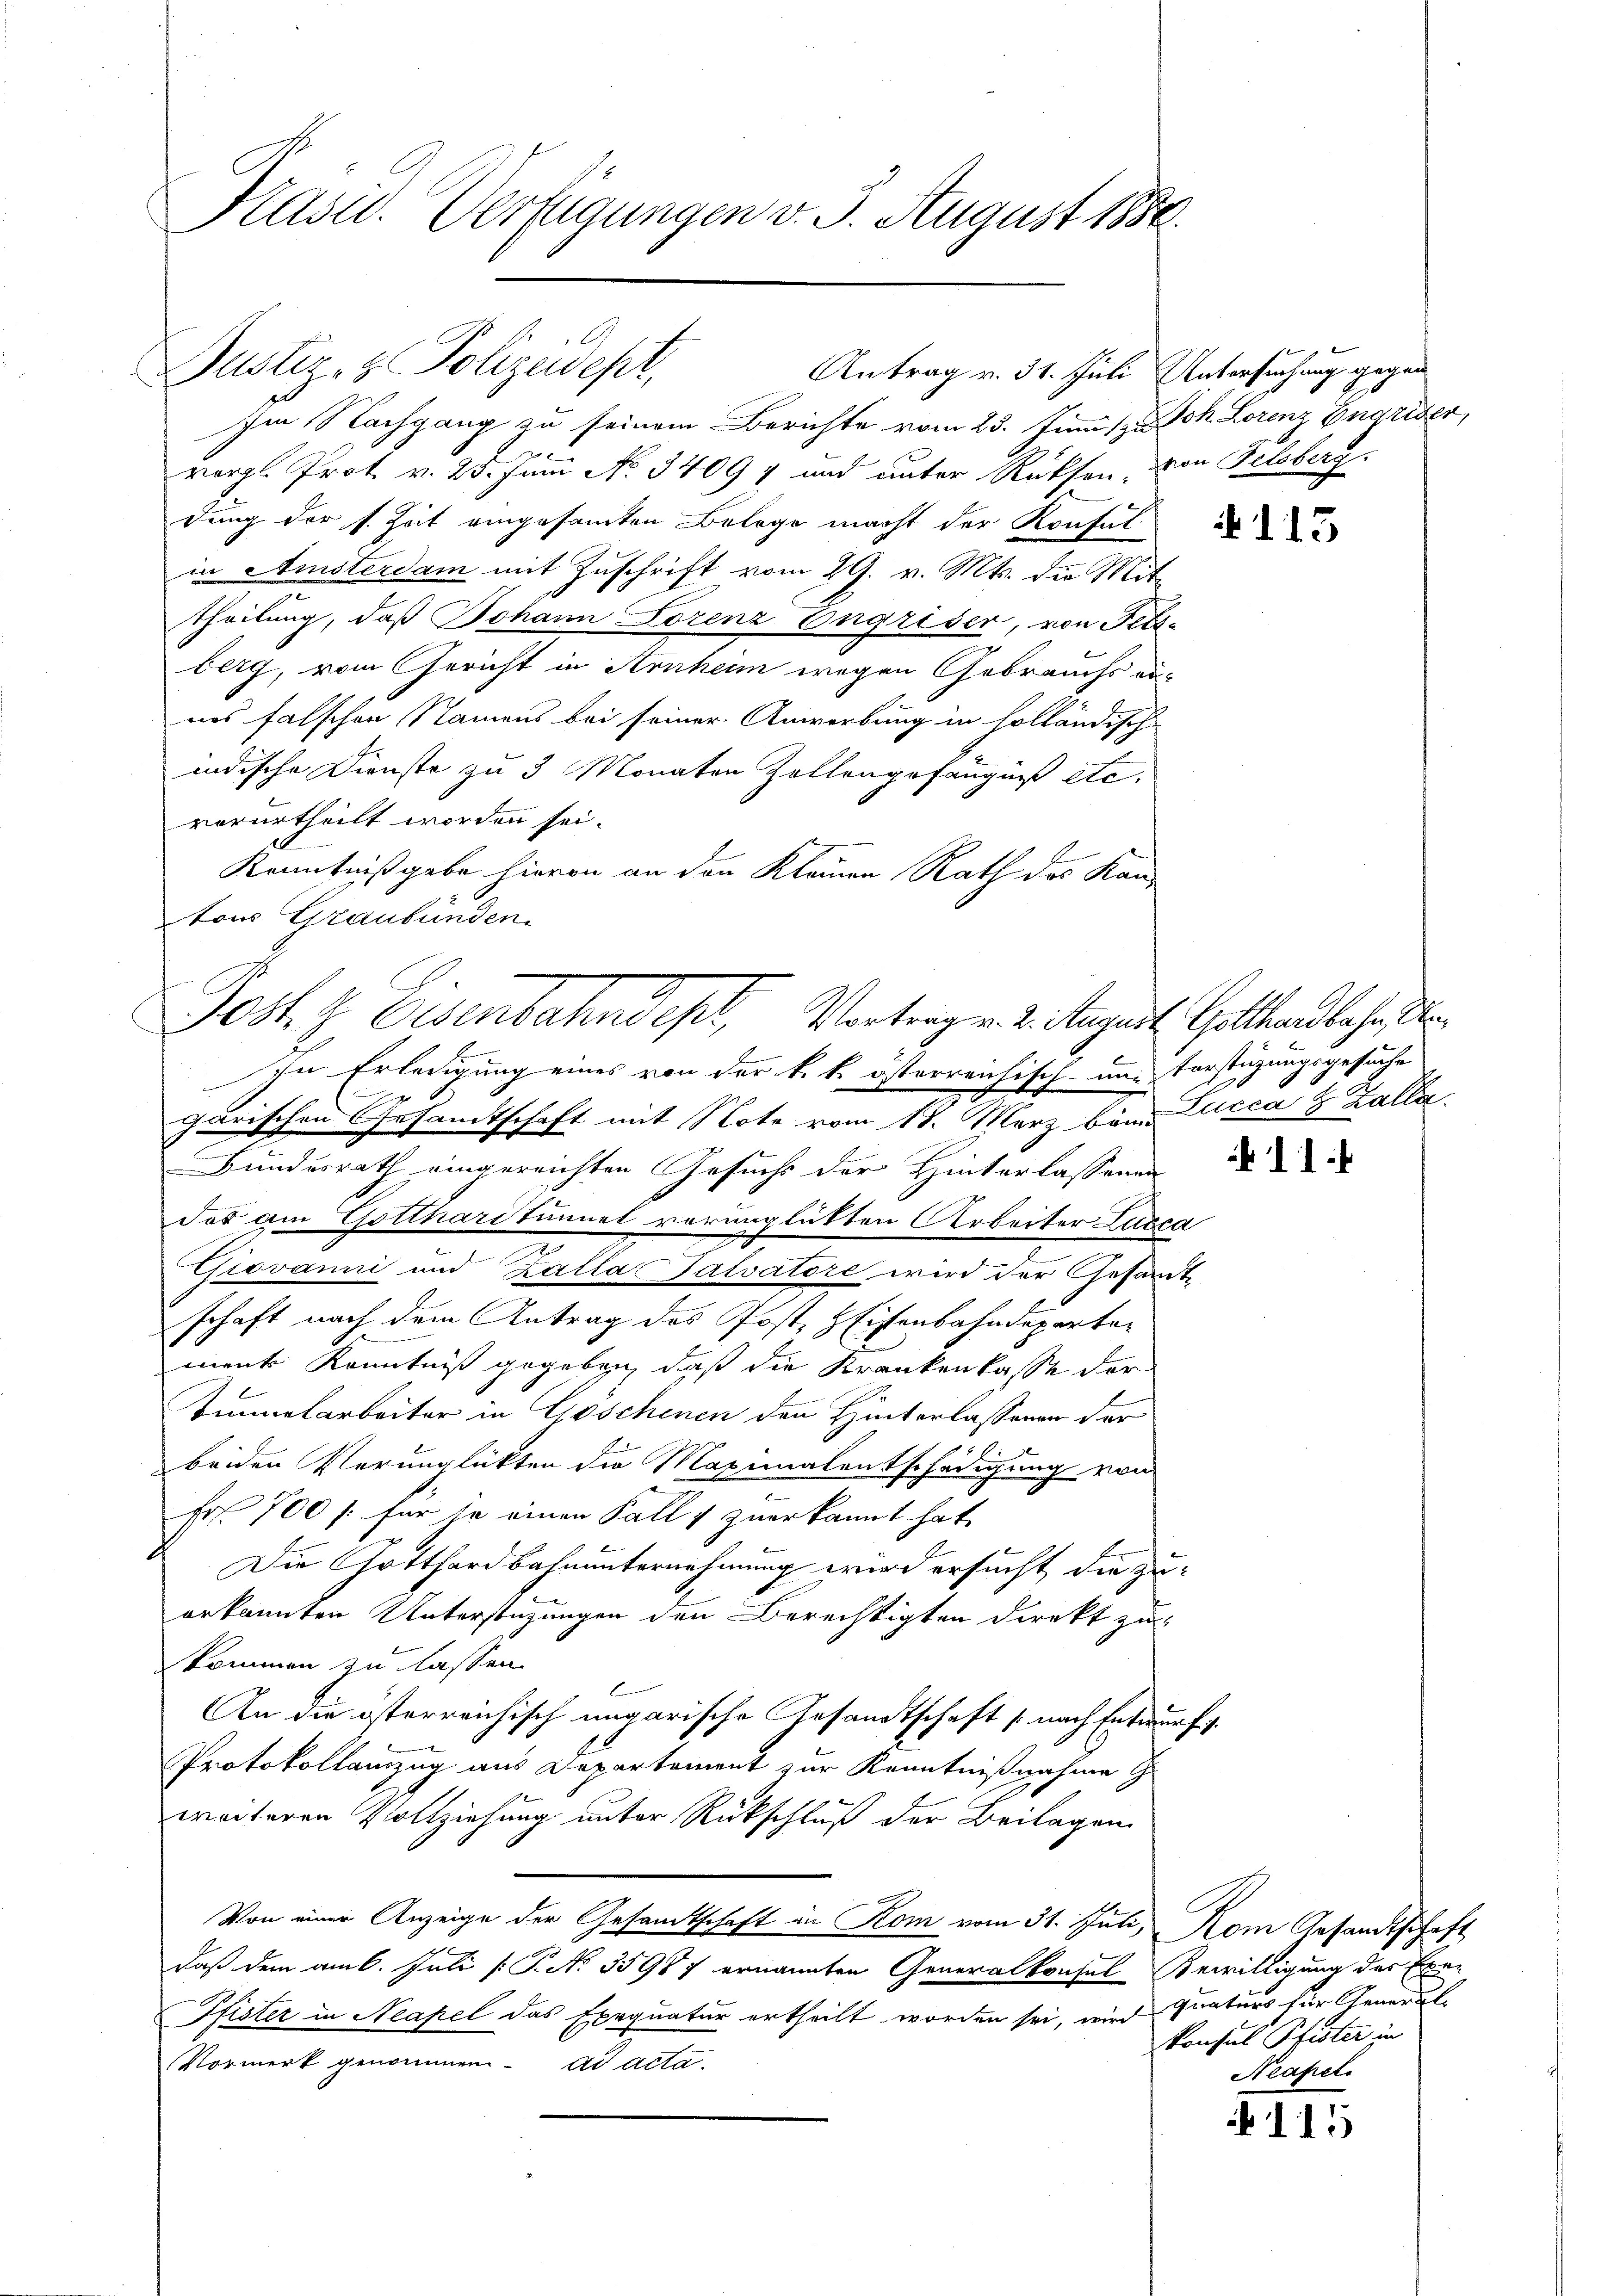
Präsid. Verfügungen v. 3. August 1850.

Justiz- & Polizeidept,
Antrag v. 31. Juli Untersuchung gegen

Im Nachgang zu seinem Berichte vom 23. Juni /. dh. Lorenz Engeiser,
 x
vergl. Prot. v. 25. Juni No 34097 und unter Rücksen, von Felsberg.
dung der s. Zeit eingesamten Belege macht der Konsul
in Amsterdam mit Zuschrift vom 29. v. Mts. die Mit-
theilung, daß Johann Lorenz Engriser, von Fels-
berg, vom Gericht in Arnheim wegen Gebrauchs au-
nes falschen Namens bei seiner Anwerbung in holländisch-
indische Dienste zu 3 Monaten Zollengefängniß etc.
vorurtheilt worden sei.
Kenntnißgabe hievon an den Kleinen Rath das Kantons Graubünden.
garischen Gesamtschaft mit Note vom 18. März bei Lucca H. Balle
Bundesrath eingereichten Gesuchs der Hinterlassenen
das am Gotthardtunnet vorunglückten Arbeiter Lucca
Giovanni und Kalla Salvatore wird der Gesandte
schaft nach dem Antrag des Post, HEisenbahndepartement Kenntniß gegeben, daß die Krankenkasse der
Tunnelarbeiter in Goschenen den Hinterlassenen der
beiden Verunglückten die Maximalentschädigung von
Fr. 700 f: für je einen Falls zuerkannt hat,
Die Gotthardbahnunternehmung wird ersucht die zuerkannten Unterstüzungen den Berechtigten direkt zu-
kommen zu lassen.
An die österreichisch ungarische Gesandtschaft (nach Entwurf.
Protokollauszug aus Departement zur Kenntnißnahme G
weiteren Vollziehung unter Rückschluß der Beilagen
Von einer Anzeige der Gesamtschaft in Kom vom 31. Juli, Rom Gesandtschaft
daß dem am 6. Juli [ P. No 35987 ernannten Generalkonsul Bewilligung des Exe¬
Pfister in Neapel das Exequatur ertheilt worden sei, wird quaters für General¬
Vormerk genommen. ad acta.

Jost & Eisenbahndept, Vortrag v. 2. August Gotthardbahn de
In Erledigung eines von der k. k. österreichisch- und Vorstüzungsgesuche

N. 115

11.

Konsul Pfister in
Neapel

115